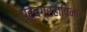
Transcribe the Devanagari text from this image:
पूर्वग्रहाविना